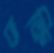
ভক্তি